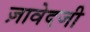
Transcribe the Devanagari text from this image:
ज़ावेदजी